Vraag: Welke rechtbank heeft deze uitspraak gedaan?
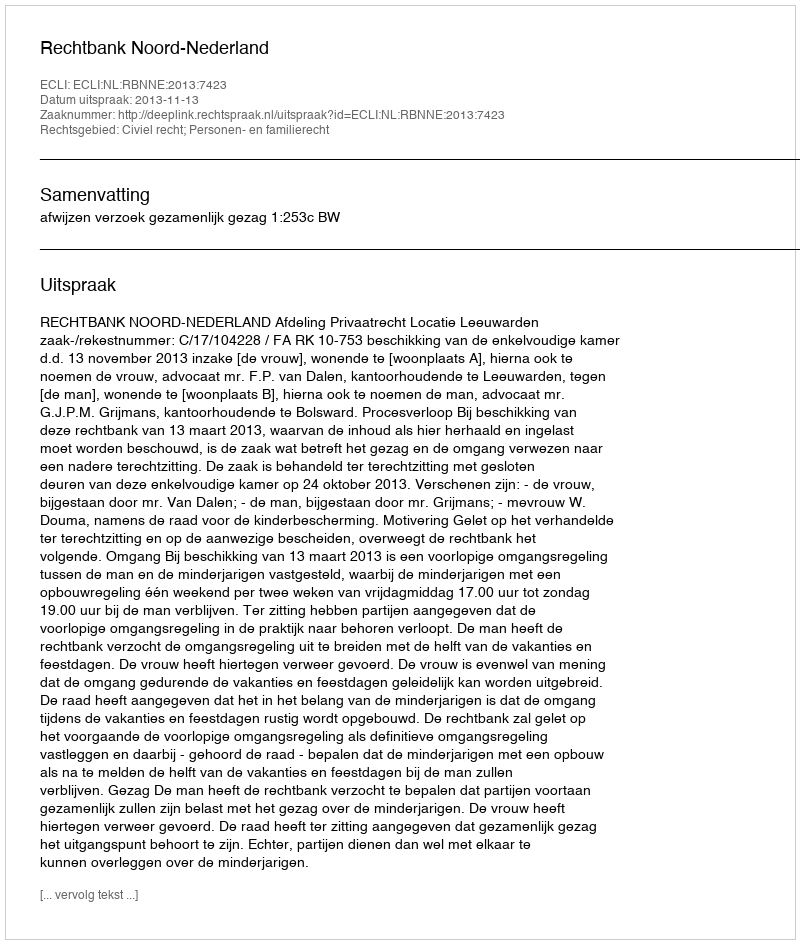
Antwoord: Rechtbank Noord-Nederland